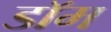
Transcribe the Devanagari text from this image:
डाॅम